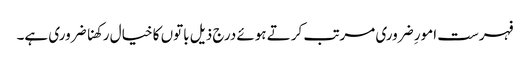
فہرست امورِ ضروری مرتب کرتے ہوئے درج ذیل باتوں کا خیال رکھنا ضروری ہے۔